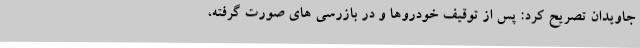
جاویدان تصریح کرد: پس از توقیف خودروها و در بازرسی های صورت گرفته،